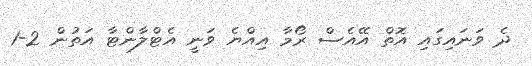
ދެ ވަނައިގައި އޮތް އޭއެސް ރޯމާ އިއްޔެ ވަނީ އެޓްލާންޓާ އަތުން 2-1